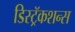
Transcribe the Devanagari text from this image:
डिस्ट्रॅकशन्स